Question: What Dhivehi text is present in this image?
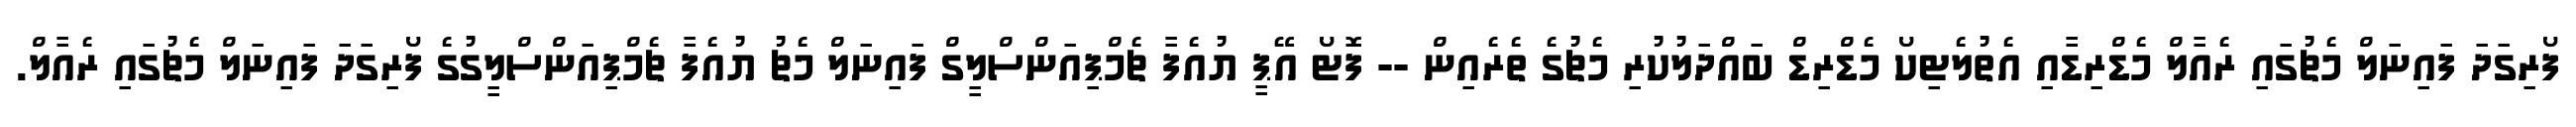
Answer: ފޯރިގަދަ ފައިނަލް މެޗުގައި ރެއާލް މެޑްރިޑާއި އެތުލެޓިކޯ މެޑްރިޑް ބައްދަލުކުރި މެޗުގެ ތެރެއިން -- ފޮޓޯ އޭޕީ ޔުއެފާ ޗެމްޕިއަންސްލީގް ފައިނަލް މެޗު ޔުއެފާ ޗެމްޕިއަންސްލީގުގެ ފޯރިގަދަ ފައިނަލް މެޗުގައި ރެއާލް.